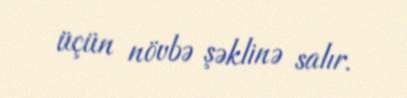
üçün növbə şəklinə salır.